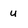
Character: u